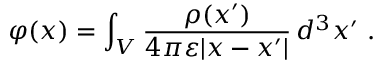
\varphi ( x ) = \int _ { V } { \frac { \rho ( x ^ { \prime } ) } { 4 \pi \varepsilon | x - x ^ { \prime } | } } \, d ^ { 3 } x ^ { \prime } ~ .